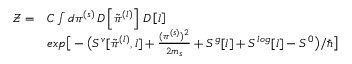
\begin{array} { r l } { \mathcal { Z } = } & { C \int d \pi ^ { ( s ) } \, D \left[ \tilde { \pi } ^ { ( l ) } \right] \, D \left[ l \right] } \\ & { e x p \big [ - \big ( S ^ { v } [ \tilde { \pi } ^ { ( l ) } , l ] + \frac { ( \pi ^ { ( s ) } ) ^ { 2 } } { 2 m _ { s } } + S ^ { g } [ l ] + S ^ { l o g } [ l ] - S ^ { 0 } \big ) / \hbar \big ] } \end{array}